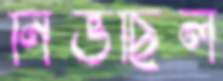
নিভছিল